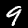
Label: 9